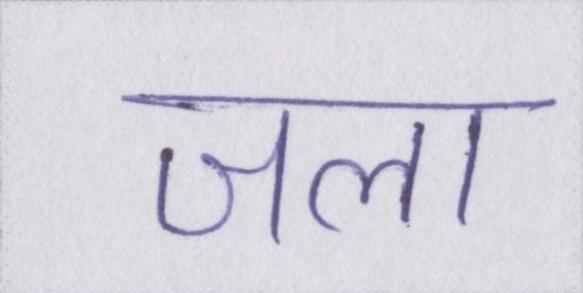
जला